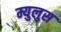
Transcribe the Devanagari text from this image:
म्युलुस